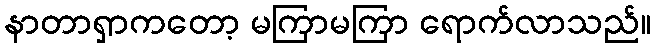
နာတာရှာကတော့ မကြာမကြာ ရောက်လာသည်။